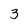
Character: 3